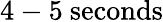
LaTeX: \mathrm{4-5~seconds}